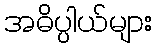
အဓိပ္ပါယ်များ